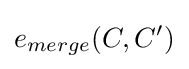
e_{merge}(C,C')